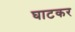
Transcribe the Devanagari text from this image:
घाटकर